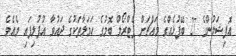
އޮފިޝަލުންގެ 27 ބޭފުޅެއްގެ މައްޗަށް ޕެޓްރޯލް ބޮމުގެ ހަމަލާތަކުގެ ދައުވާ އުފުލިފައި ވެއެވެ.